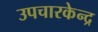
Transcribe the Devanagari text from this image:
उपचारकेन्द्र